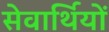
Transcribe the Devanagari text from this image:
सेवार्थियों